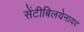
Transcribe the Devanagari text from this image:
सेंटीबिलयेनायर